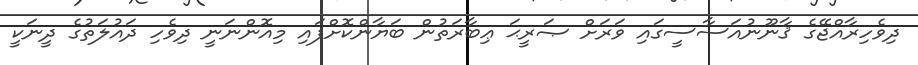
ދިވެހިރާއްޖޭގެ ޤާނޫނުއަސާސީގައި ވަރަށް ޞަރީޙަ ޢިބާރަތުން ބަޔާންކޮށްފައި މިއޮންނަނީ ދިވެހި ދައުލަތުގެ ދީނަކީ